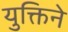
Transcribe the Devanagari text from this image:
युक्तिने